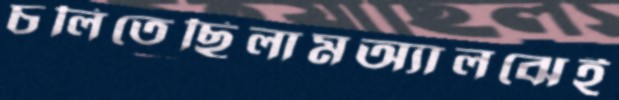
চলিতেছিলামঅ্যালঝেই